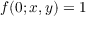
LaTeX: f ( 0 ; x , y ) = 1